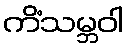
ကိံသမ္ဘဝါ